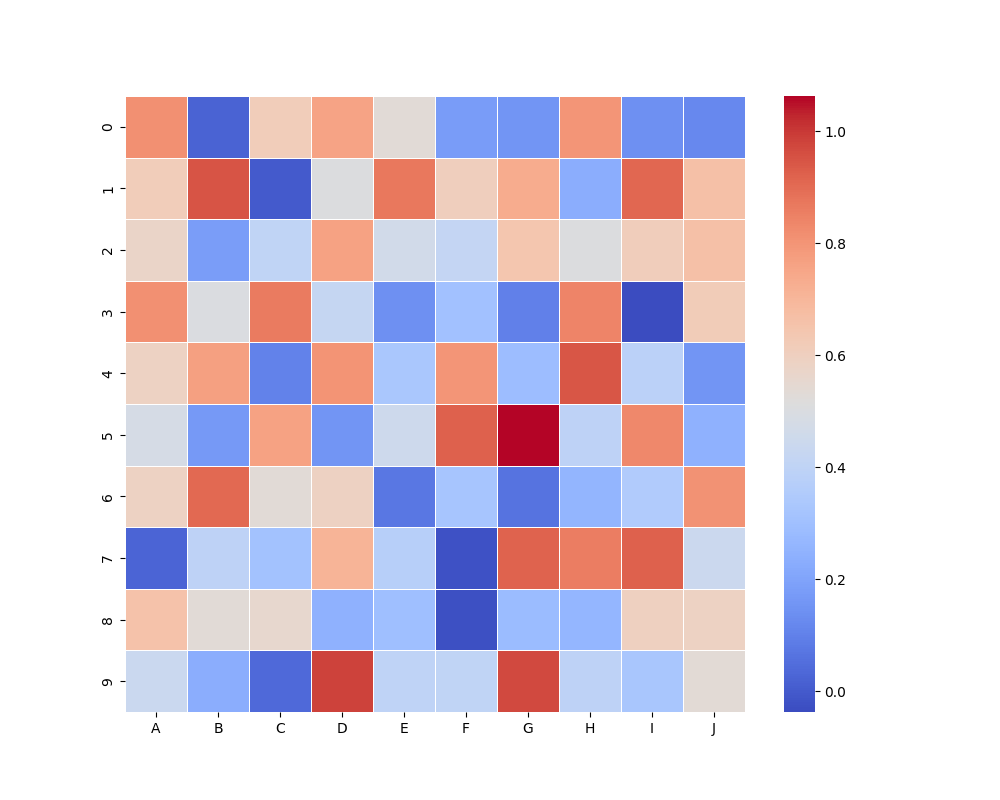
python, seaborn, heatmap, cmap='coolwarm', linewidths=0.5, center=none